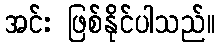
အင်း ဖြစ်နိုင်ပါသည်။